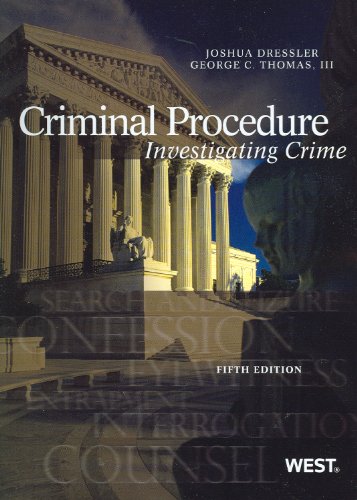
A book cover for Criminal Procedure: Investigating Crime, 5th (American Casebook Series); Joshua Dressler; Law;